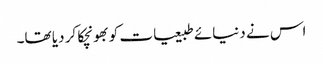
اس نے دنیائے طبیعیات کو بھونچکا کر دیا تھا۔